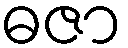
ဓဇာ